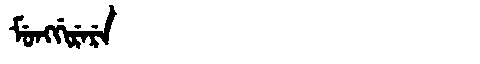
Manchu: ᠮᡠᠩᡤᡳᡵᡝᡵᡝ
Romanization: MUNGGIRERE